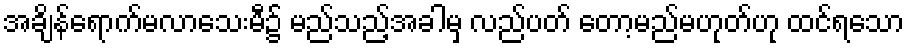
အချိန်ရောက်မလာသေးမီ၌ မည်သည့်အခါမှ လည်ပတ် တော့မည်မဟုတ်ဟု ထင်ရသော